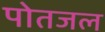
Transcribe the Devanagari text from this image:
पोतजल